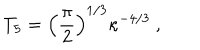
T _ { 5 } = \left( { \frac { \pi } { 2 } } \right) ^ { 1 / 3 } \kappa ^ { - 4 / 3 } \ ,